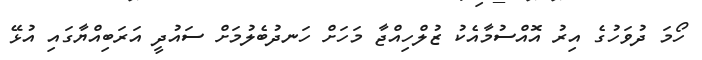
ހޯމަ ދުވަހުގެ އިރު އޮއްސުމާއެކު ޒުލްހިއްޖާ މަހަށް ހަނދުބެލުމަށް ސައުދީ އަރަބިއްޔާގައި އުޅޭ